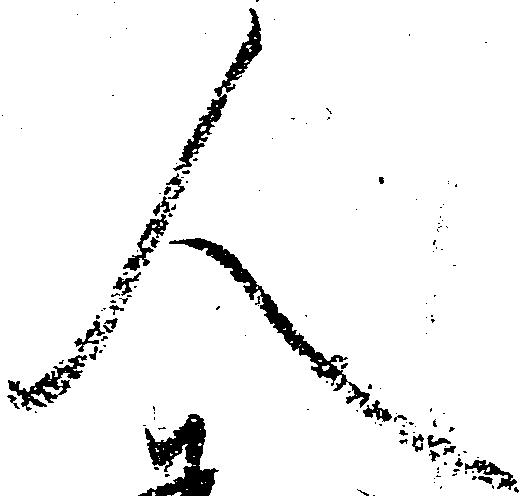
人